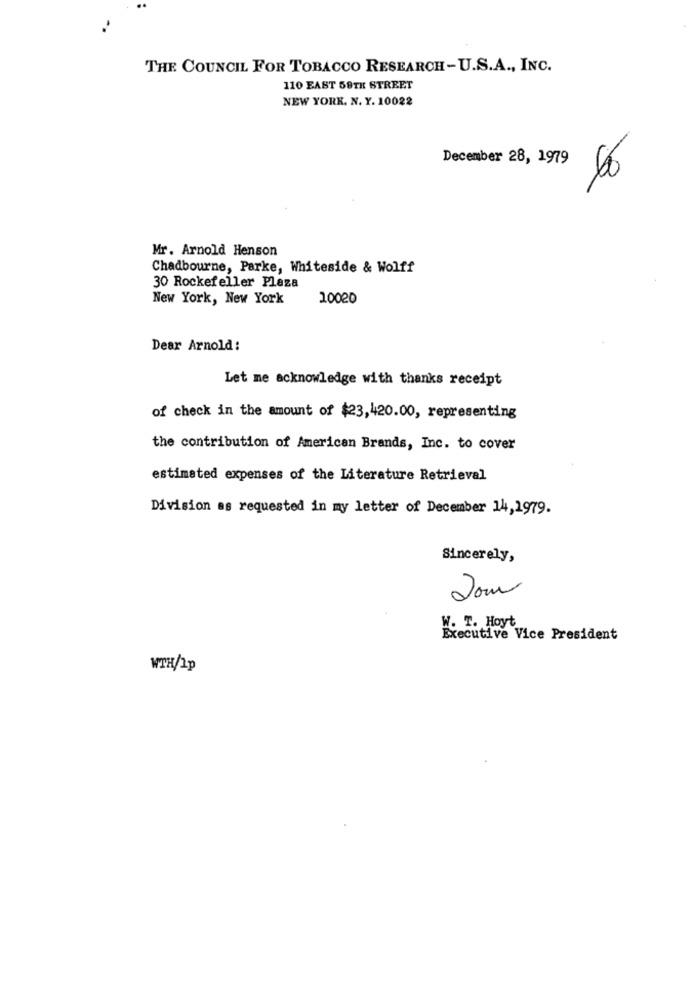
THE COUNCIL FOR TOBACCO RESEARCH-U.S.A ., INC.
110 EAST 58TH STREET
NEW YORK, N. Y. 10022
December 28, 1979
Mr. Arnold Henson
Chadbourne, Parke, Whiteside & Wolff
30 Rockefeller Plaza
New York, New York
10020
Dear Arnold :
Let me acknowledge with thanks receipt
of check in the amount of $23,420.00, representing
the contribution of American Brands, Inc. to cover
estimated expenses of the Literature Retrieval
Division as requested in my letter of December 14,1979.
Sincerely,
W. T. Hoyt
Executive Vice President
WTH/Ip